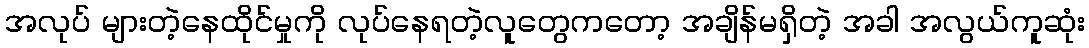
အလုပ် များတဲ့နေထိုင်မှုကို လုပ်နေရတဲ့လူတွေကတော့ အချိန်မရှိတဲ့ အခါ အလွယ်ကူဆုံး